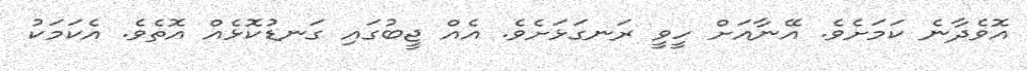
އޮވެދާނެ ކަމަށެވެ. އޭނާއަށް ހީވީ ރަނގަޅަށެވެ. އެއް ޖީބުގައި ގަނޑުކޮޅެއް އޮތެވެ. އެކަމަކު